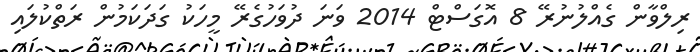
ރިލްވާން ގެއްލުނުރޭ 8 އޮގަސްޓް 2014 ވަނަ ދުވަހުގެރޭ މީހަކު ގަދަކަމުން ރަތްކުލައި